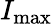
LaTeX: I_{\mathrm{max}}